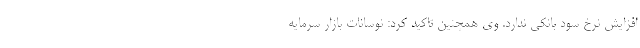
افزایش نرخ سود بانکی ندارد. وی همچنین تاکید کرد: نوسانات بازار سرمایه